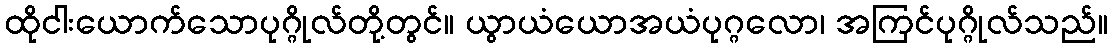
ထိုငါးယောက်သောပုဂ္ဂိုလ်တို့တွင်။ ယွာယံယောအယံပုဂ္ဂလော၊ အကြင်ပုဂ္ဂိုလ်သည်။